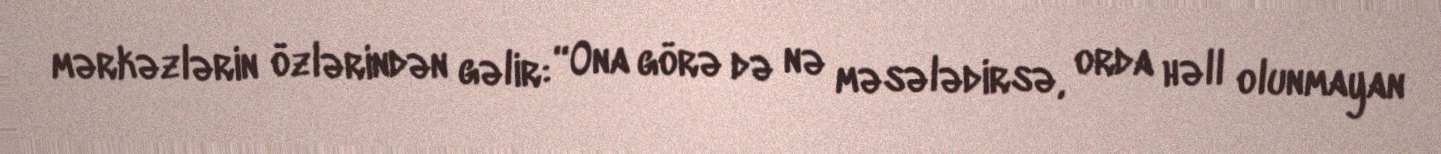
mərkəzlərin özlərindən gəlir: “Ona görə də nə məsələdirsə, orda həll olunmayan